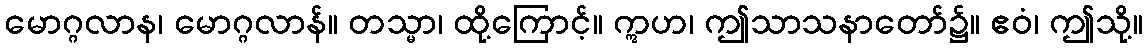
မောဂ္ဂလာန၊ မောဂ္ဂလာန်။ တသ္မာ၊ ထို့ကြောင့်။ ဣဟ၊ ဤသာသနာတော်၌။ ဧဝံ၊ ဤသို့။